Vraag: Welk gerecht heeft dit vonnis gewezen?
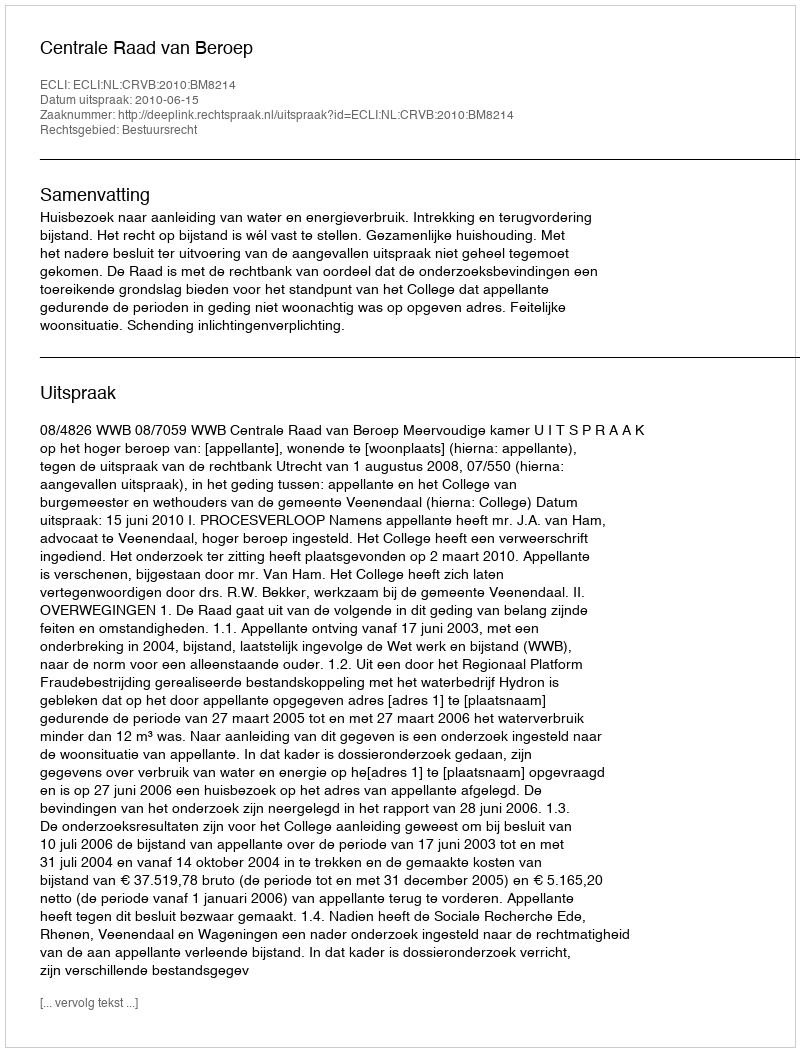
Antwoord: Centrale Raad van Beroep